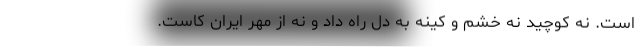
است. نه کوچید نه خشم و کینه به دل راه داد و نه از مِهر ایران کاست.